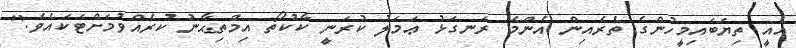
އެއީ ތިޔަބައިމީހުންގެ ތެރެއިން އެންމެ ރަނގަޅު ޢަމަލު ކުރަނީ ކާކުތޯ އިމްތިޙާނު ކުރެއްވުމަށްޓަކައެވެ."